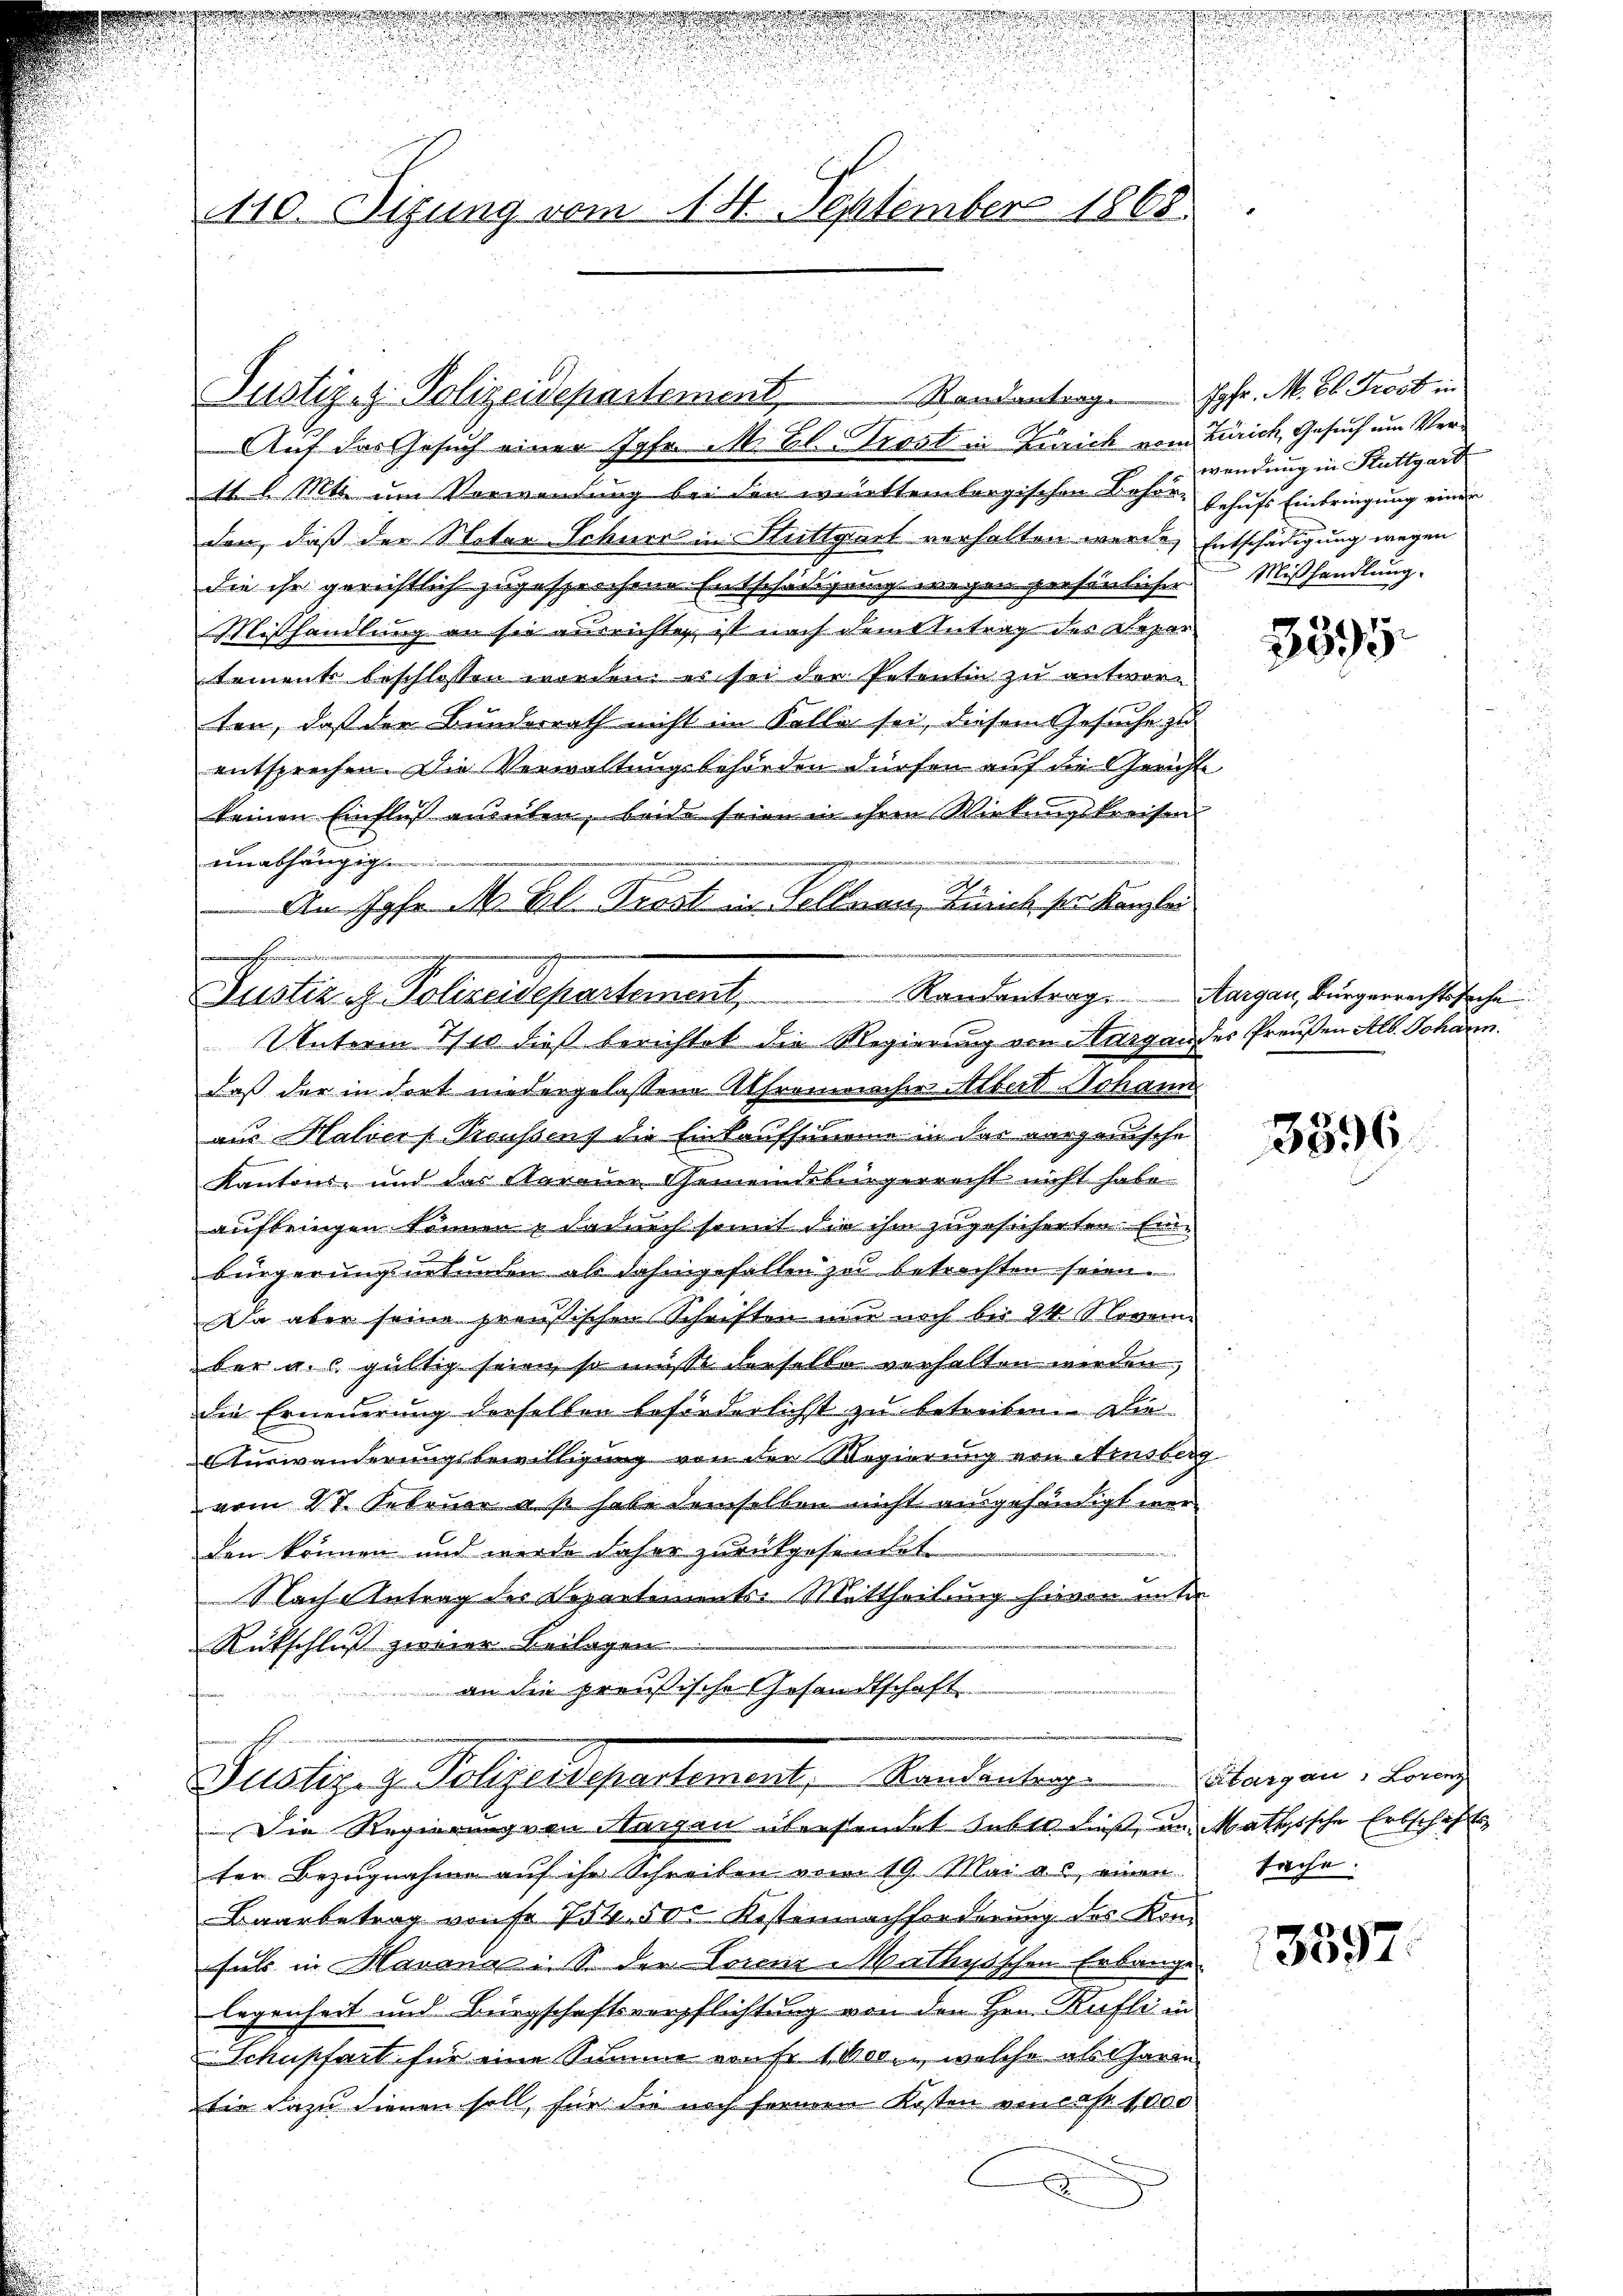
.
110. Sizung vom 14. September 1868.

Justiz- & Polizeidepartement, Randantrage

unabhängig
An Joh. M. Bl. Kirst im Sellnau, Zürich ser Kanzler
hagen den und wieden
Justiz- & Polizeidepartement, Randantrag. Aargau, Bürgerrechtssache
Unterm 7/10 dieß berichtet die Regierung von Aargau des Preußen Alb. Johann.

Auf das Gesuch einer Jgfr. M. Bl. Trost in Zürich vom Zürich, Gesuch um Ver¬
11 l. Mts. um Verwendung bei den württembergischen Behör behufs Einbringung einer
den, daß der Notar Schner in Stuttgart verhalten werde, Entschädigung wegen
die ihr gerichtlich zugesprochene Entschädigung wegen persönlicher
Mißhandlung an sie ausrichten, ist nach dem Antrag des Repartements beschlossen worden, es sei der Petentin zu antworten, daß der Bunderrath nicht im Kolle sei, diesem Gesuche zu
entsprechen. Die Verwaltungsbehörden dürfen auf die Gericht
keinen Einfluß ausulen, beide seien in ihren Wirkungskreisen
daß der in dort niedergelassene Alframeracher Albert Johann
aus Halser Treussens die Einkaufsumme in das verganische
Kantons- und das Karain Gemeindsbürgerrecht nicht habe
aufbringen können & dadurch somit die ihm zugesicherten. Einbürgerungsurkunden als dahingefallen zu betrachten seien.
Da aber seine preußischen Schriften nur noch bis 24. November a. c. gültig seien, so muss derselbe verhalten werden,
die Erneuerung derselben beförderlichst zu betreiten. Di
Auswanderungsbewilligung von der Regierung von Aensberg
vom 27. Februar a. p. habe demselben nicht ausgehändigt werden können und werde daher zurückgesendet.
Nach Antrag des Departements-Mittheilung hievon unter
Rückschluß zweier Beilagen
an die preußische Gesandtschaft

Susky. z. Polizeidepartement, Kandanten Person, lange

Die Regierung von Aargau übersendet haber dieß, im Mathische Erbschäftster Bezugnahme auf ihr Schreiben vom 19. Mai a. einen Sache.
Baarbetrag von fr. 754. 500 Kostennachforderung des Konsich in Maranz. S. der Lorene Mathysschen Erbauge.
legenheit und Bürgschaftsverpflichtung von den Hrn. Rüfli in
Schupfart für eine Summe aufr 1000., welche als Garre
tie dazu dienen soll, für die noch fernen Kosten von cas 1000
d

d
u
n

Jgfr. M. Bl. Trost in
wendung in Stuttgart
Mißhandlung.

.
.
u

3395

3396

3397.